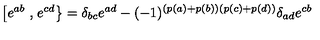
\left[ e ^ { a b } \right. , \left. e ^ { c d } \right\} = \delta _ { b c } e ^ { a d } - ( - 1 ) ^ { ( p ( a ) + p ( b ) ) ( p ( c ) + p ( d ) ) } \delta _ { a d } e ^ { c b }